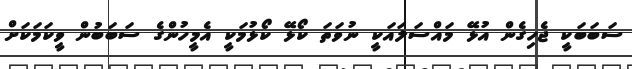
ސަބަބަކީ ޖެހިގެން އުޅޭ މައްސަލައަކީ ނުވަތަ ކޯޅޭ ކޯޅުމަކީ އެމީހުންގެ ސަބަބުން ވީކަމަކަށް